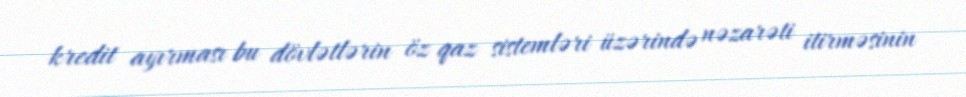
kredit ayırması bu dövlətlərin öz qaz sistemləri üzərində nəzarəti itirməsinin